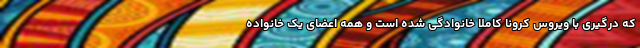
که درگیری با ویروس کرونا کاملا خانوادگی شده است و همه اعضای یک خانواده